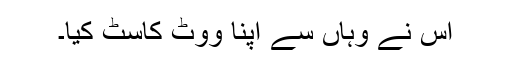
اس نے وہاں سے اپنا ووٹ کاسٹ کیا۔